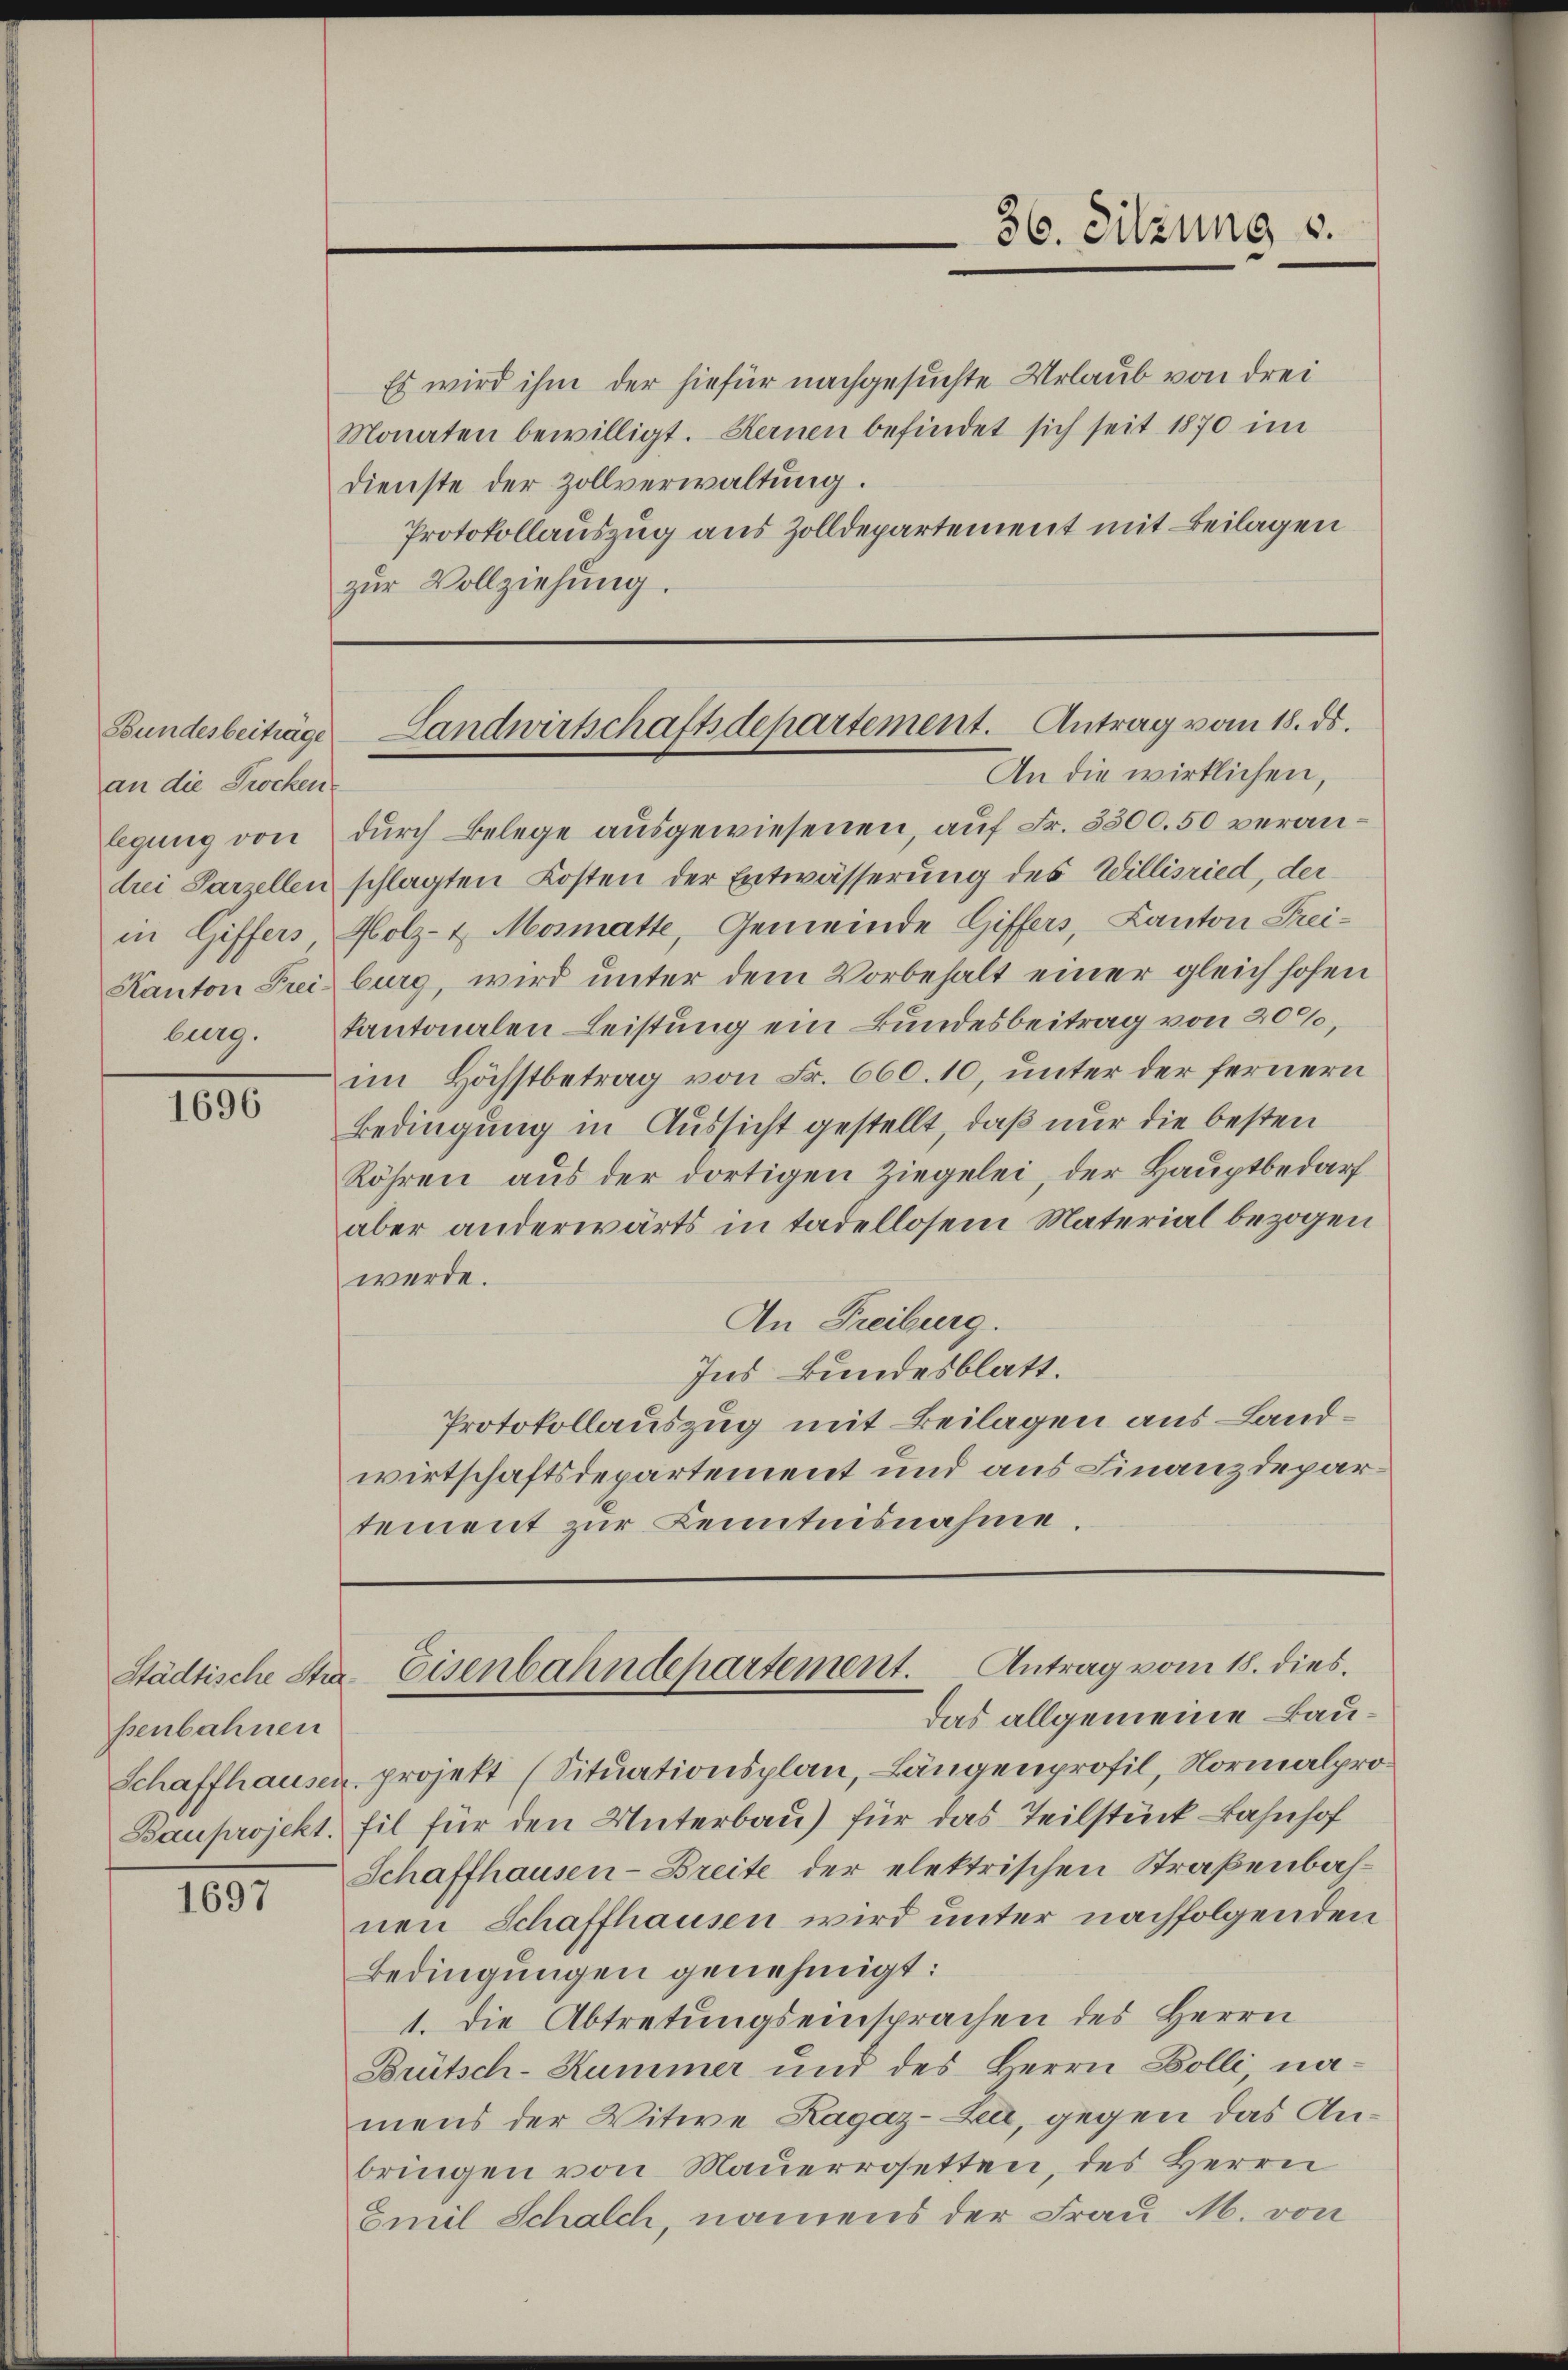
an die Trocken
legung von
in Giffers

1696

senbahnen

1697

Es wird ihm der hiefür nachgesuchte Urlaub von drei
Monaten bewilligt. Kernen befindet sich seit 1870 im
Dienste der Zollverwaltung.
Protokollauszug aus Zolldepartement mit Beilagen
zŭr Vollziehŭng.

durch Belege ausgewiesenen, auf Fr. 3300.50 verandrei Parzellen schlagten Kosten der Entwässerung des Willisried, der
Holz- & Mosmatte, Gemeinde Giffers, Kanton Frei¬
Kanton Freiburg, wird ŭnter dem Vorbehalt einer gleich hohen
burg. Kantonalen Leistung ein Bundesbeitrag von 200,
im Höchstbetrag von Fr. 660. 10, unter der fernern
Bedingung in Aussicht gestellt, daß nur die besten
Röhren aus der dortigen Ziegelei, der Hauptbedarf
aber anderwärts in tadellosem Material bezogen
werde.
An Freiburg.
Ins Bundesblatt.
Protokollauszug mit Beilagen aus Landwirtschaftsdepartement und aus Finanzdepartement zur Kenntnisnahme.

Schaffhausen, projekt (Situationsplan, Längenprofil, Normalpro¬
Bauprojekt. Fil für den Unterbau) für das Teilstück Bahnhof
Schaffhausen-Breite der elektrischen Straßenbahnen Schaffhausen wird unter nachfolgenden
Bedingungen genehmigt:
1. Die Abtretungseinsprachen des Herrn
Brütsch-Kummer und des Herrn Bolli na-
mens der Witwe Lagaz-Lea, gegen das Anbringen von Mauerrosetten, des Herrn
Emil Schalch, namens der Frau M. von

36. Sitzung v.

Bundesbeiträge Landwirtschaftsdepartement. Antrag vom 18. ds.
An die wirklichen,

Städtische Stra-Eisenbahndepartement. Antrag vom 18. dies.
das allgemeine Bau¬